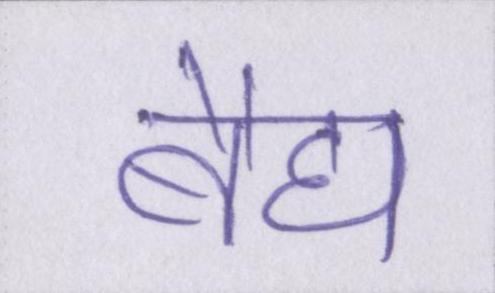
बैद्य